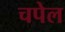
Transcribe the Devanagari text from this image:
चपेल